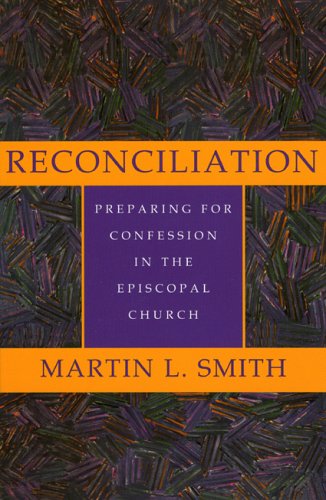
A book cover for Reconciliation: Preparing for Confession in the Episcopal Church; Martin Smith; Christian Books & Bibles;